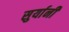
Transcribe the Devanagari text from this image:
सुर्यानी